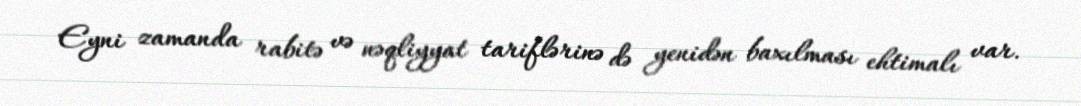
Eyni zamanda rabitə və nəqliyyat tariflərinə də yenidən baxılması ehtimalı var.